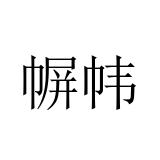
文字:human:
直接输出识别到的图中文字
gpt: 幈帏